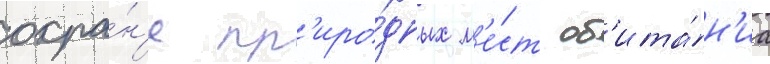
охра́н'е пр'иро́дных м'е́ст об'ита́н'иа